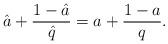
LaTeX: \begin{align*} \hat{a}+\frac{1-\hat{a}}{\hat{q}}=a+\frac{1-a}{q}. \end{align*}